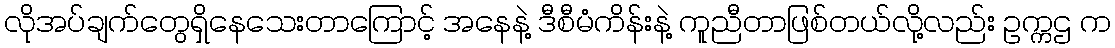
လိုအပ်ချက်တွေရှိနေသေးတာကြောင့် အနေနဲ့ ဒီစီမံကိန်းနဲ့ ကူညီတာဖြစ်တယ်လို့လည်း ဥက္ကဌ က